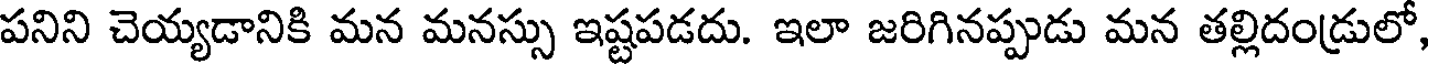
పనిని చెయ్యడానికి మన మనస్సు ఇష్టపడదు. ఇలా జరిగినప్పుడు మన తల్లిదండ్రులో,